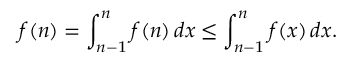
f ( n ) = \int _ { n - 1 } ^ { n } f ( n ) \, d x \leq \int _ { n - 1 } ^ { n } f ( x ) \, d x .